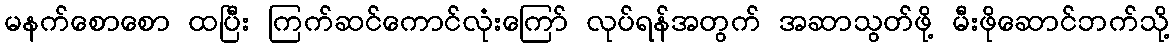
မနက်စောစော ထပြီး ကြက်ဆင်ကောင်လုံးကြော် လုပ်ရန်အတွက် အဆာသွတ်ဖို့ မီးဖိုဆောင်ဘက်သို့